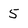
Character: 5